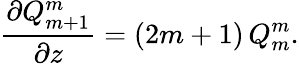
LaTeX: \frac{\partial Q_{m+1}^{m}}{\partial z}=(2m+1)\, Q_{m}^{m}.